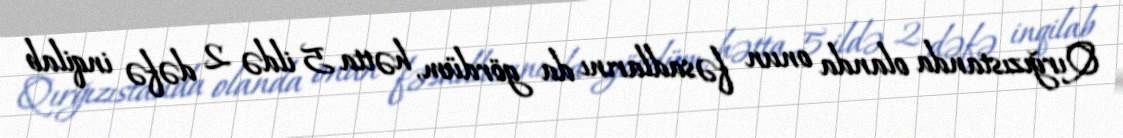
Qırğızıstanda olanda onun fəsadlarını da gördüm, hətta 5 ildə 2 dəfə inqilab